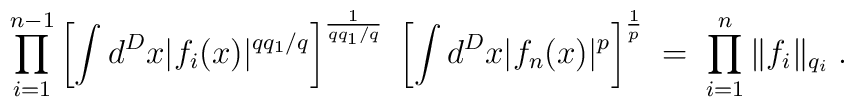
\prod_{i=1}^{n-1} \left[ \int d^Dx |f_i(x)|^{q q_1/q}\right]^{\frac{1}{q q_1/q}} \;\left[\int d^Dx |f_n(x)|^p \right]^{\frac{1}{p}} \; = \;\prod_{i=1}^{n} \|f_i\|_{q_i} \; .